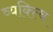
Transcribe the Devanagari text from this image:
व्यक्त्वि